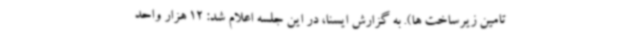
تامین زیرساخت ها). به گزارش ایسنا، در این جلسه اعلام شد: 12 هزار واحد